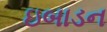
ઇબાડન